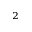
_ 2